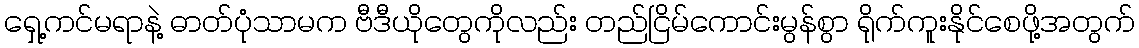
ရှေ့ကင်မရာနဲ့ ဓာတ်ပုံသာမက ဗီဒီယိုတွေကိုလည်း တည်ငြိမ်ကောင်းမွန်စွာ ရိုက်ကူးနိုင်စေဖို့အတွက်